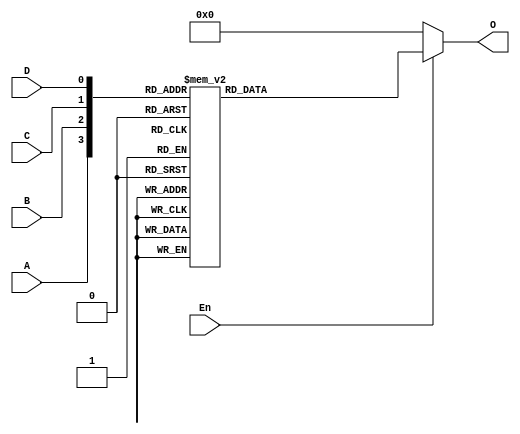
module Dec_4x16 (A, B, C, D, En, O);

	input A, B, C, D, En; //A is MSB and D is LSB
	output [15:0] O;
	//Place your code here
	
	reg [15:0] O;
	
	always @ (A or B or C or D or En)
		if (~En)
			O = 16'b0;
		else
			case ({A, B, C, D})
				0: O = 16'h0001;
				1: O = 16'h0002;
				2: O = 16'h0004;
				3: O = 16'h0008;
				4: O = 16'h0010;
				5: O = 16'h0020;
				6: O = 16'h0040;
				7: O = 16'h0080;
				8: O = 16'h0100;
				9: O = 16'h0200;
				10: O = 16'h0400;
				11: O = 16'h0800;
				12: O = 16'h1000;
				13: O = 16'h2000;
				14: O = 16'h4000;
				15: O = 16'h8000;
			endcase

endmodule